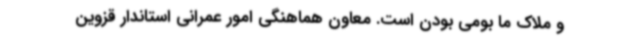
و ملاک ما بومی بودن است. معاون هماهنگی امور عمرانی استاندار قزوین